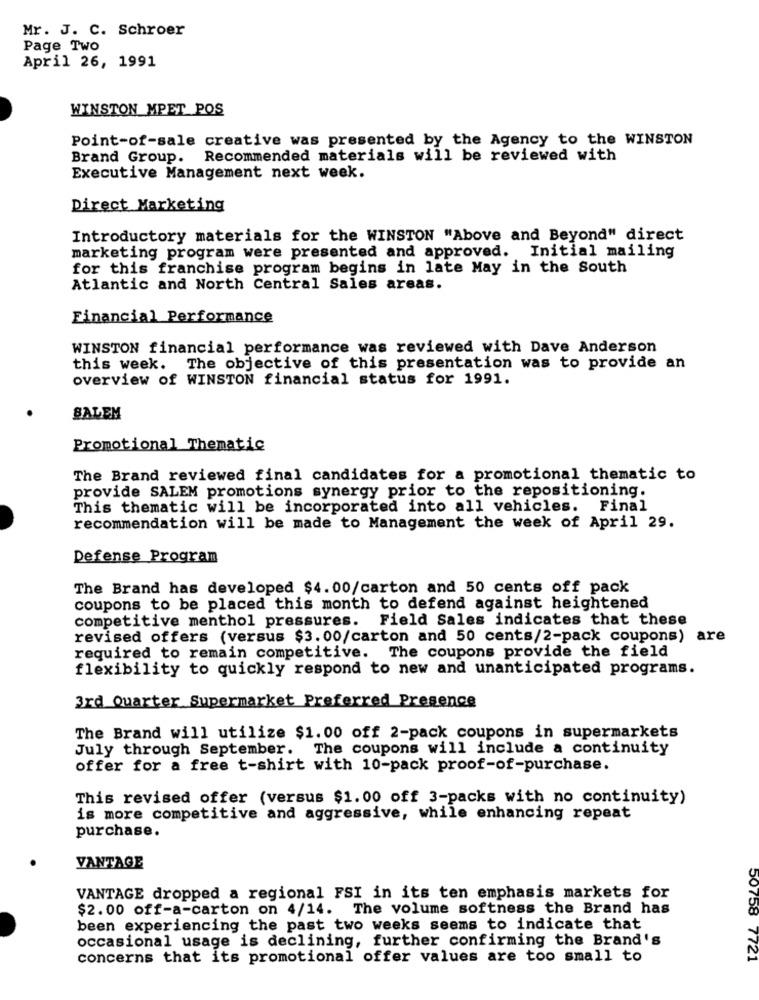
Mr. J. C. Schroer
Page Two
April 26, 1991
WINSTON_MPET POS
Point-of-sale creative was presented by the Agency to the WINSTON
Brand Group. Recommended materials will be reviewed with
Executive Management next week.
Direct Marketing
Introductory materials for the WINSTON "Above and Beyond" direct
marketing program were presented and approved. Initial mailing
for this franchise program begins in late May in the South
Atlantic and North Central Sales areas.
Financial Performance
WINSTON financial performance was reviewed with Dave Anderson
this week. The objective of this presentation was to provide an
overview of WINSTON financial status for 1991.
SALEM
Promotional Thematic
The Brand reviewed final candidates for a promotional thematic to
provide SALEM promotions synergy prior to the repositioning.
This thematic will be incorporated into all vehicles. Final
recommendation will be made to Management the week of April 29.
Defense Program
The Brand has developed $4.00/carton and 50 cents off pack
coupons to be placed this month to defend against heightened
competitive menthol pressures. Field Sales indicates that these
revised offers (versus $3.00/carton and 50 cents/2-pack coupons)
are
required to remain competitive. The coupons provide the field
flexibility to quickly respond to new and unanticipated programs.
3rd Quarter Supermarket Preferred Presence
The Brand will utilize $1.00 off 2-pack coupons in supermarkets
July through September. The coupons will include a continuity
offer for a free t-shirt with 10-pack proof-of-purchase.
This revised offer (versus $1.00 off 3-packs with no continuity)
is more competitive and aggressive, while enhancing repeat
purchase.
VANTAGE
VANTAGE dropped a regional FSI in its ten emphasis markets for
$2.00 off-a-carton on 4/14. The volume softness the Brand has
50758
been experiencing the past two weeks seems to indicate that
occasional usage is declining, further confirming the Brand's
concerns that its promotional offer values are too small to
121